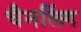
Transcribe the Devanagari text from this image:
चैनलिंग